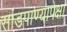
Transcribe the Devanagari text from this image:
सांडपाण्यापेक्षा